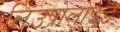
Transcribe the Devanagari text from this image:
लिउप्रोलाइड